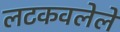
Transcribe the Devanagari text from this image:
लटकवलेले